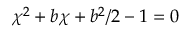
\chi ^ { 2 } + b \chi + b ^ { 2 } / 2 - 1 = 0